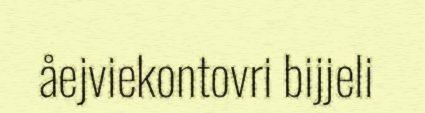
åejviekontovri bijjeli